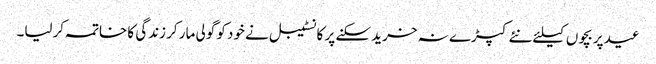
عید پر بچوں کیلئے نئے کپڑے نہ خرید سکنے پر کانسٹیبل نے خود کو گولی مار کر زندگی کا خاتمہ کرلیا۔